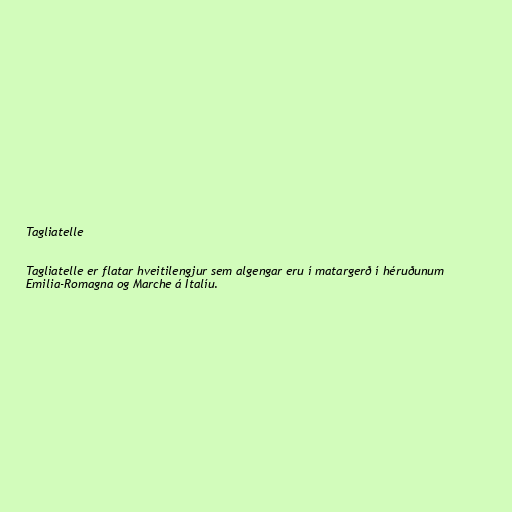
Tagliatelle

Tagliatelle er flatar hveitilengjur sem algengar eru í matargerð í héruðunum
Emilia-Romagna og Marche á Ítalíu.